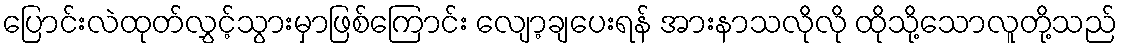
ပြောင်းလဲထုတ်လွှင့်သွားမှာဖြစ်ကြောင်း လျော့ချပေးရန် အားနာသလိုလို ထိုသို့သောလူတို့သည်